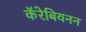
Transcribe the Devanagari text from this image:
कॅरेबियनन